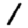
Digit: 1